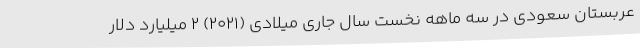
عربستان سعودی در سه ماهه نخست سال جاری میلادی (۲۰۲۱) ۲ میلیارد دلار